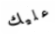
عليك